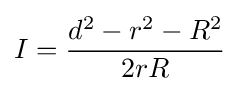
I={\frac {d^{2}-r^{2}-R^{2}}{2rR}}